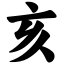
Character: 亥